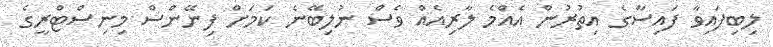
ލިބިފައިވާ ފައިސާގެ އިތުރުން އެއްމެ ލާރިއެއް ވެސް ނުލިބޭނެ ކަމަށް ފިނޭންސް މިނިސްޓްރީގެ